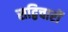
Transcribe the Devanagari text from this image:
सद्विचारों